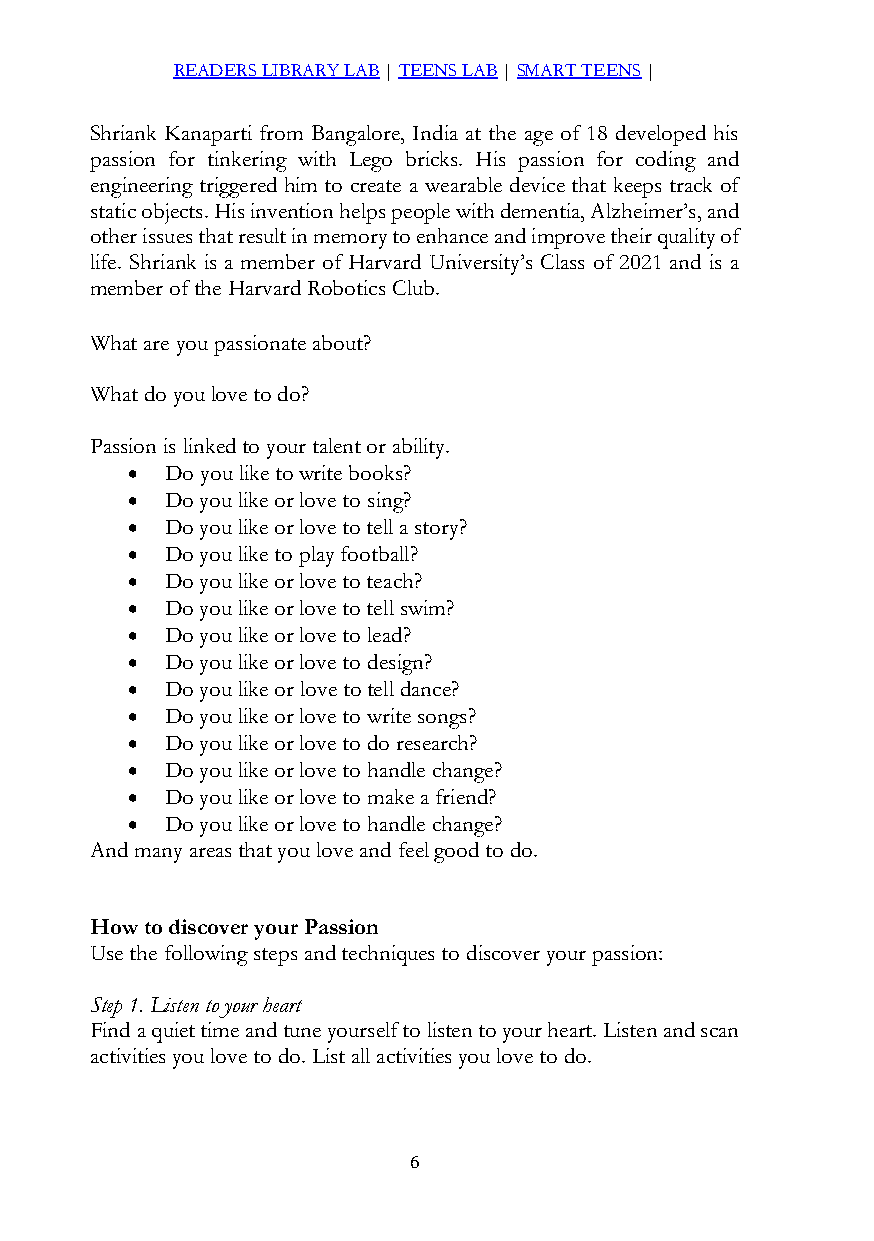
READERS LIBRARY LAB | TEENS LAB | SMART TEENS |
 Shriank Kanaparti from Bangalore, India at the age of 18 developed his
 passion for tinkering with Lego bricks. His passion for coding and
 engineering triggered him to create a wearable device that keeps track of
 static objects. His invention helps people with dementia, Alzheimer’s, and
 other issues that result in memory to enhance and improve their quality of
 life. Shriank is a member of Harvard University’s Class of 2021 and is a
 member of the Harvard Robotics Club.
 What are you passionate about?
 What do you love to do?
 Passion is linked to your talent or ability.
   Do you like to write books?
   Do you like or love to sing?
   Do you like or love to tell a story?
   Do you like to play football?
   Do you like or love to teach?
   Do you like or love to tell swim?
   Do you like or love to lead?
   Do you like or love to design?
   Do you like or love to tell dance?
   Do you like or love to write songs?
   Do you like or love to do research?
   Do you like or love to handle change?
   Do you like or love to make a friend?
   Do you like or love to handle change?
 And many areas that you love and feel good to do.
 How to discover your Passion
 Use the following steps and techniques to discover your passion:
 Step 1. Listen to your heart
 Find a quiet time and tune yourself to listen to your heart. Listen and scan
 activities you love to do. List all activities you love to do.
 6